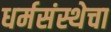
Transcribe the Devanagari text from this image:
धर्मसंस्थेचा